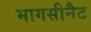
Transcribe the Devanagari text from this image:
मागसीनैट